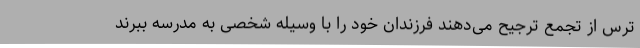
ترس از تجمع ترجیح می‌دهند فرزندان خود را با وسیله شخصی به مدرسه ببرند